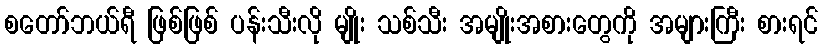
စတော်ဘယ်ရီ ဖြစ်ဖြစ် ပန်းသီးလို မျိုး သစ်သီး အမျိုးအစားတွေကို အများကြီး စားရင်